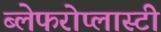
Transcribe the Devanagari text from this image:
ब्लेफरोप्लास्टी